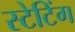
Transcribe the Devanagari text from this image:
स्टेटिंग